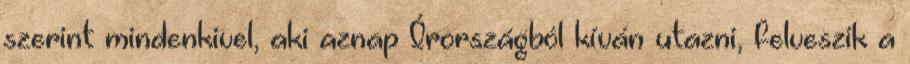
szerint mindenkivel, aki aznap Írországból kíván utazni, felveszik a